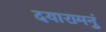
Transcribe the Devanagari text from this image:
दयारामनुं